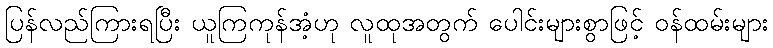
ပြန်လည်ကြားရပြီး ယူကြကုန်အံ့ဟု လူထုအတွက် ပေါင်းများစွာဖြင့် ဝန်ထမ်းများ